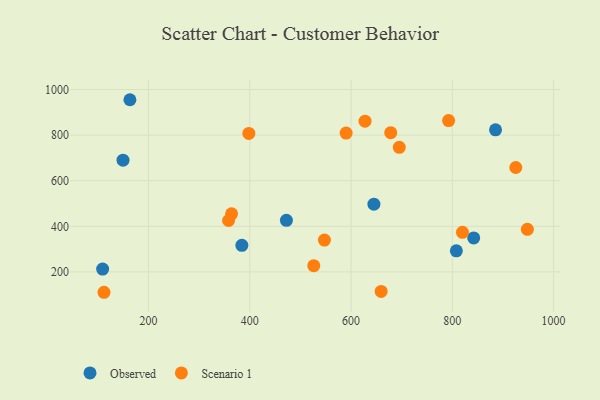
{"axis": {"x": "Price", "y": "Sales"}, "legend": ["Observed", "Scenario 1"], "data": [{"x": "885.4", "y": 823.1, "type": "Observed"}, {"x": "645.2", "y": 497.0, "type": "Observed"}, {"x": "808.0", "y": 292.5, "type": "Observed"}, {"x": "842.3", "y": 349.1, "type": "Observed"}, {"x": "384.4", "y": 316.7, "type": "Observed"}, {"x": "163.3", "y": 955.3, "type": "Observed"}, {"x": "109.4", "y": 212.5, "type": "Observed"}, {"x": "472.4", "y": 426.5, "type": "Observed"}, {"x": "149.7", "y": 690.0, "type": "Observed"}, {"x": "925.4", "y": 658.1, "type": "Scenario 1"}, {"x": "547.5", "y": 339.8, "type": "Scenario 1"}, {"x": "112.1", "y": 110.7, "type": "Scenario 1"}, {"x": "678.4", "y": 810.6, "type": "Scenario 1"}, {"x": "398.2", "y": 807.4, "type": "Scenario 1"}, {"x": "820.1", "y": 373.8, "type": "Scenario 1"}, {"x": "526.4", "y": 227.5, "type": "Scenario 1"}, {"x": "358.1", "y": 425.5, "type": "Scenario 1"}, {"x": "948.3", "y": 386.9, "type": "Scenario 1"}, {"x": "627.7", "y": 861.3, "type": "Scenario 1"}, {"x": "695.3", "y": 746.7, "type": "Scenario 1"}, {"x": "364.1", "y": 454.6, "type": "Scenario 1"}, {"x": "792.7", "y": 863.7, "type": "Scenario 1"}, {"x": "659.5", "y": 114.6, "type": "Scenario 1"}, {"x": "590.3", "y": 808.8, "type": "Scenario 1"}]}